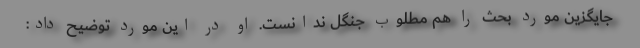
جایگزین مورد بحث را هم مطلوب جنگل ندانست. او در این مورد توضیح داد: